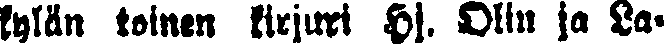
kylän toinen kirjuri Hj. Olin ja La-